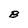
Character: B